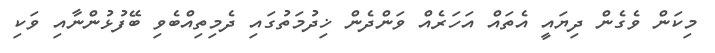
މިކަން ވެގެން ދިޔައީ އެތައް އަހަރެއް ވަންދެން ޚިދުމަތުގައި ދެމިތިއްބެވި ބޭފުޅުންނާއި ވަކި